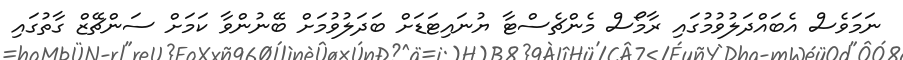
ނަމަވެސް އެބައްދަލުވުމުގައި ރާމޯސް މެންޗެސްޓާ ޔުނައިޓަޑަށް ބަދަލުވުމަށް ބޭނުންވާ ކަމަށް ސަންޗޭޒް ގާތުގައި